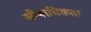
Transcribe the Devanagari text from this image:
सीमाधिकता